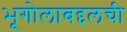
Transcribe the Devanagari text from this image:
भूगोलाबद्दलची